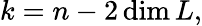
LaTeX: k=n-2\dim L,